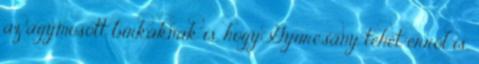
az agymosott birkáknak is, hogy Gyurcsány tehet erről is,